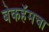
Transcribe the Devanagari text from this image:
बेकहॅमचा